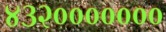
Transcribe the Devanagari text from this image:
४३२०००००००